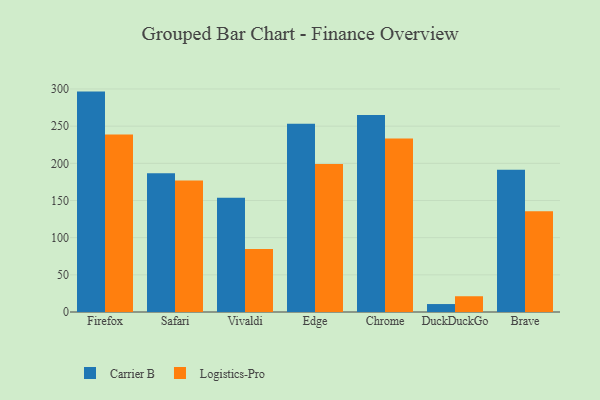
{"axis": {"x": "Browser", "y": "Humidity (%)"}, "legend": ["Carrier B", "Logistics-Pro"], "data": [{"x": "Firefox", "y": 296.5, "type": "Carrier B"}, {"x": "Firefox", "y": 238.8, "type": "Logistics-Pro"}, {"x": "Safari", "y": 186.8, "type": "Carrier B"}, {"x": "Safari", "y": 177.0, "type": "Logistics-Pro"}, {"x": "Vivaldi", "y": 153.8, "type": "Carrier B"}, {"x": "Vivaldi", "y": 84.7, "type": "Logistics-Pro"}, {"x": "Edge", "y": 253.4, "type": "Carrier B"}, {"x": "Edge", "y": 199.2, "type": "Logistics-Pro"}, {"x": "Chrome", "y": 265.0, "type": "Carrier B"}, {"x": "Chrome", "y": 233.4, "type": "Logistics-Pro"}, {"x": "DuckDuckGo", "y": 10.7, "type": "Carrier B"}, {"x": "DuckDuckGo", "y": 21.2, "type": "Logistics-Pro"}, {"x": "Brave", "y": 191.2, "type": "Carrier B"}, {"x": "Brave", "y": 135.7, "type": "Logistics-Pro"}]}